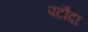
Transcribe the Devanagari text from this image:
पटौदा